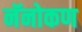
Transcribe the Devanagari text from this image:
नॅनोकण